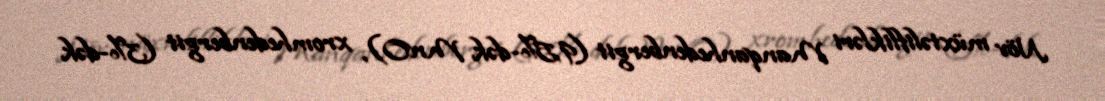
Növ müxtəliflikləri Manqanhedenbergit (9,5%-dək MnO), xromhedenbergit (3%-dək